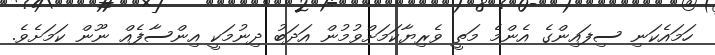
ހަމައެކަނި ސިފައިންގެ އެންމެ މަތީ ވެރިޔާކަމަށްވުމުން އަދަބު ދިނުމަކީ އިންސާފެއް ނޫން ކަމަށެވެ.